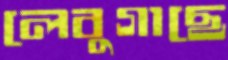
লেবুগাছে